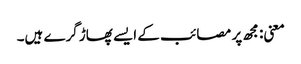
معنی: مجھ پر مصائب کے ایسے پھاڑ گرے ہیں۔